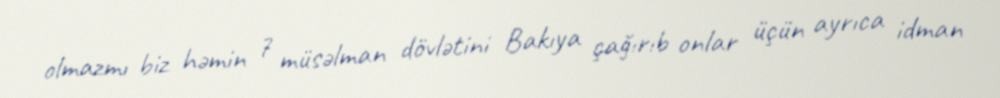
olmazmı biz həmin 7 müsəlman dövlətini Bakıya çağırıb onlar üçün ayrıca idman